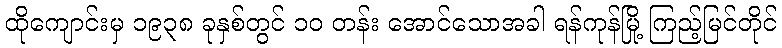
ထိုကျောင်းမှ ၁၉၃၈ ခုနှစ်တွင် ၁၀ တန်း အောင်သောအခါ ရန်ကုန်မြို့ ကြည့်မြင်တိုင်